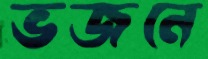
ভজনে